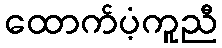
ထောက်ပံ့ကူညီ